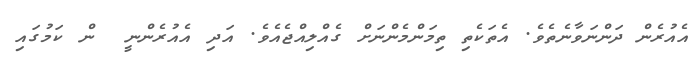
އެއުރެން ދަންނަވާނެތެވެ. އެތަކެތި ތިމަންމެންނަށް ގެއްލިއްޖެއެވެ. އަދި އެއުރެންނީ  ން ކަމުގައި